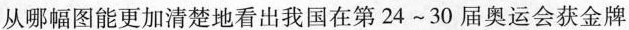
从哪幅图能更加清楚地看出我国在第24 \sim 30届奥运会获金牌